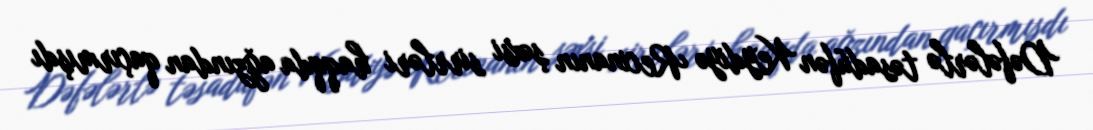
Dəfələrlə təsadüfən Keydiyə Recinanın şəxsi sirrləri haqqda ağzından qaçırmışdı